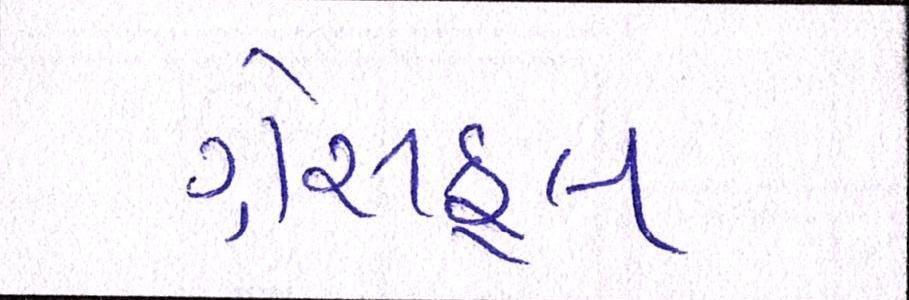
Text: ગ્રેસફૂલ